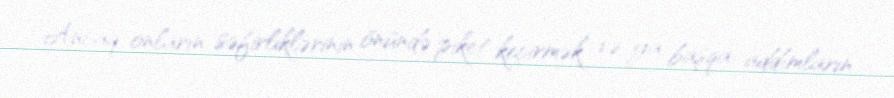
Ancaq onların səfirliklərinin önündə piket keçirmək və ya başqa addımların